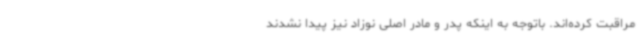
مراقبت کرده‌اند. باتوجه به اینکه پدر و مادر اصلی نوزاد نیز پیدا نشدند